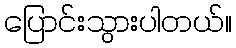
ပြောင်းသွားပါတယ်။